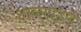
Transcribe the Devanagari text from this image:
शाळापेडणे